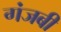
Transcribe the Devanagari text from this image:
गंजबी